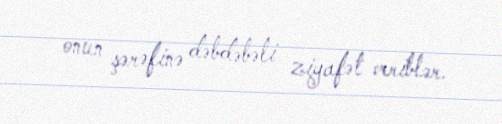
onun şərəfinə dəbdəbəli ziyafət veriblər.